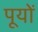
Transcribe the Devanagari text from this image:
पूयों